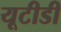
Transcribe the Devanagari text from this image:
यूटीडी